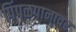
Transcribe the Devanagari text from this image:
पिंपळपानावर